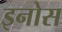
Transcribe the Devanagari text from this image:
इनोस